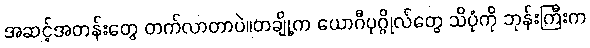
အဆင့်အတန်းတွေ တက်လာတာပဲ။တချို့က ယောဂီပုဂ္ဂိုလ်တွေ သိပုံကို ဘုန်းကြီးက